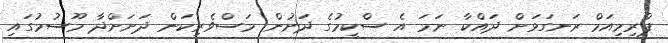
ޕްރިމިއަމް ރަނގަޅަށް ދައްކާ ނަމަ އެ ސްކީމުގެ ދަށުން މަސްވެރިކަން ދަށަށްދާ މޫސުމުގައި